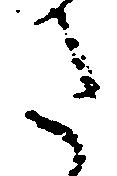
た